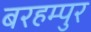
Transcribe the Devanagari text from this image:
बरहम्पुर